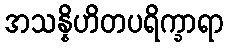
အသန္နိဟိတပရိက္ခာရာ